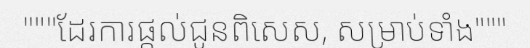
"""ដែរការផ្តល់ជូនពិសេស, សម្រាប់ទាំង"""